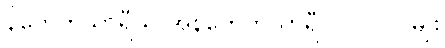
နိကေတသာရီယ အနိကေတသာရီပုဂ္ဂိုလ် ၂-မျိုး